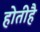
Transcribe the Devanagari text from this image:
होतीहै